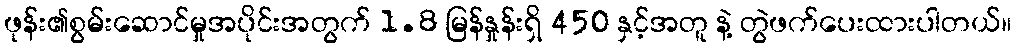
ဖုန်း၏စွမ်းဆောင်မှုအပိုင်းအတွက် 1.8 မြန်နှုန်းရှိ 450 နှင့်အတူ နဲ့ တွဲဖက်ပေးထားပါတယ်။